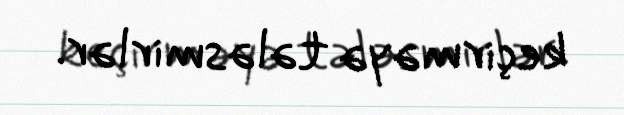
keçirməyə tələsmirlər.